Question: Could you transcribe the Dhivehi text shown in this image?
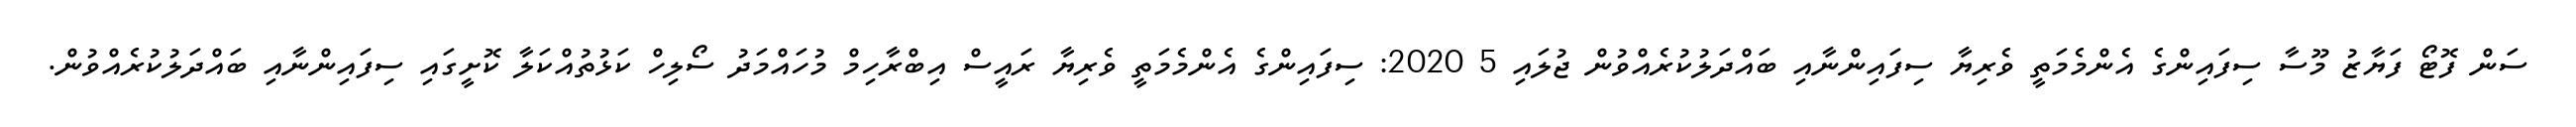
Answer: ސަން ފޮޓޯ ފަޔާޒު މޫސާ ސިފައިންގެ އެންމެމަތީ ވެރިޔާ ސިފައިންނާއި ބައްދަލުކުރެއްވުން ޖުލައި 5 2020: ސިފައިންގެ އެންމެމަތީ ވެރިޔާ ރައީސް އިބްރާހިމް މުހައްމަދު ސޯލިހް ކަޅުތުއްކަލާ ކޮށީގައި ސިފައިންނާއި ބައްދަލުކުރެއްވުން.